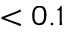
< 0 . 1